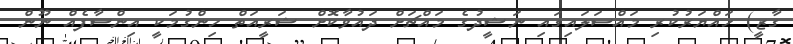
ގާޒީ) ހައްޔަރުކުރި މައްސަލައިގައި ނަޝީދުގެ މައްޗަށް ދައުވާކޮށް ޝަރީއަތް ހިންގުމަކީ އިންސާފެއް ނޫން